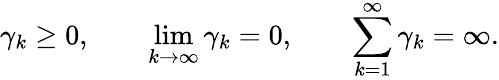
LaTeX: \gamma_{k}\geq 0,\qquad\operatorname*{lim}_{k\to\infty}\gamma_{k}=0,\qquad\sum_{k=1}^{\infty}\gamma_{k}=\infty.